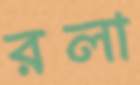
রলা